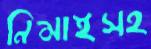
নিমাইসহ